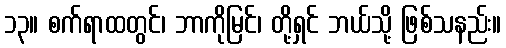
၁၃။ စက်ရာထတွင်၊ ဘာကိုမြင်၊ တို့ရှင် ဘယ်သို့ ဖြစ်သနည်း။